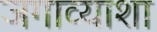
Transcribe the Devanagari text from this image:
जगाव्याशा